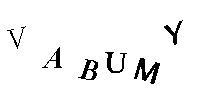
VABUMY